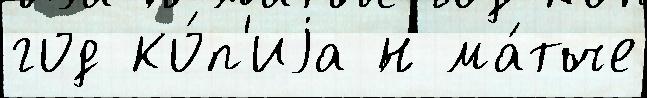
год ко́п'иjа ́н ма́тче